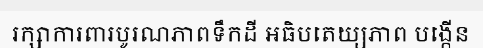
រក្សាការពារបូរណភាពទឹកដី អធិបតេយ្យភាព បង្កើន